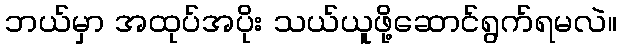
ဘယ်မှာ အထုပ်အပိုး သယ်ယူဖို့ဆောင်ရွက်ရမလဲ။